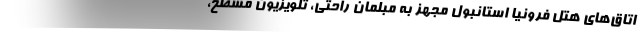
اتاق‌های هتل فرونیا استانبول مجهز به مبلمان راحتی، تلویزیون مسطح،